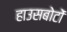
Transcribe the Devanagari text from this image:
हाउसबोटों